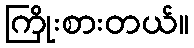
ကြိုးစားတယ်။